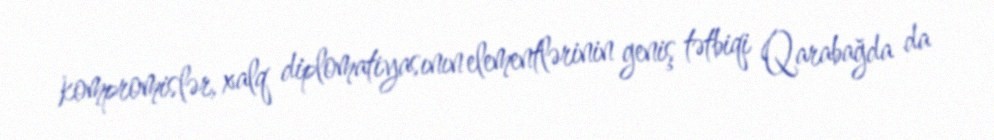
kompromislər, xalq diplomatiyasının elementlərinin geniş tətbiqi Qarabağda da